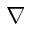
\nabla